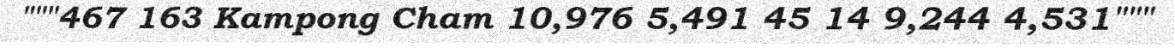
"""467 163 Kampong Cham 10,976 5,491 45 14 9,244 4,531"""